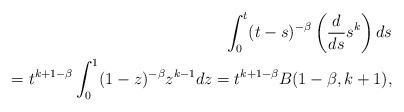
LaTeX: \begin{align*}\int_{0}^{t}(t-s)^{-\beta}\left(\frac{d}{ds}s^{k}\right)ds \\=t^{k + 1 - \beta} \int_{0}^{1}(1-z)^{-\beta}z^{k-1}dz =t^{k + 1 - \beta} B(1-\beta, k + 1),\end{align*}